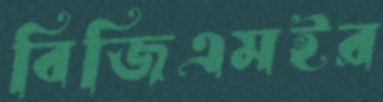
বিজিএমইর